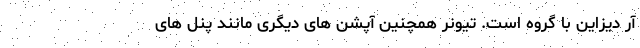
آر دیزاین با گروه است. تیونر همچنین آپشن های دیگری مانند پنل های